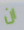
ان